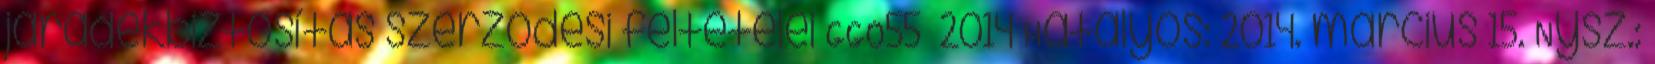
járadékbiztosítás szerződési feltételei GGO55 2014 Hatályos: 2014. március 15. Nysz.: